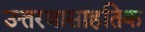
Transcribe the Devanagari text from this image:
उत्तरवासाहतिक